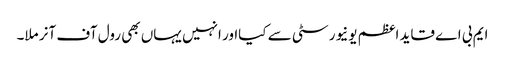
ایم بی اے قاید اعظم یونیورسٹی سے کیااور انہیں یہاں بھی رول آف آنر ملا۔